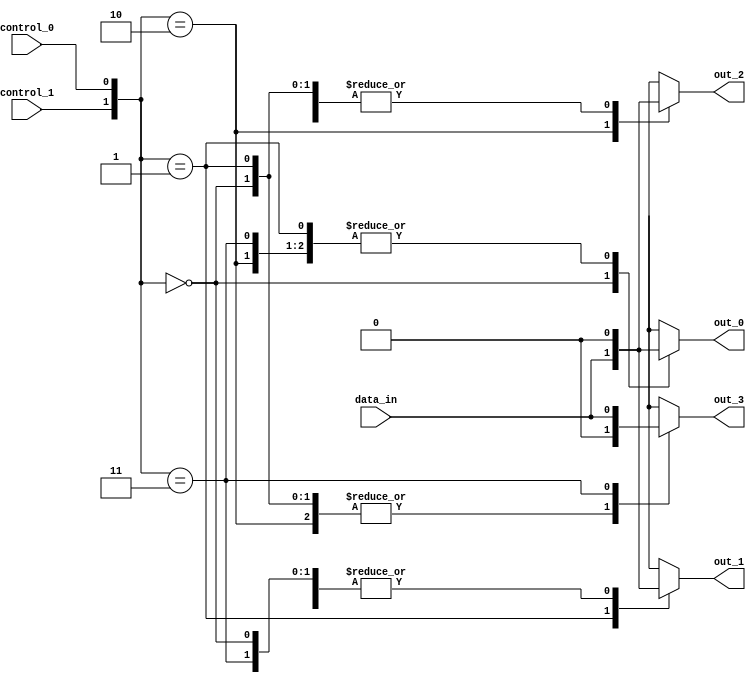
module demultiplexer(
    input wire data_in,
    input wire control_1,
    input wire control_0,
    output reg out_0,
    output reg out_1,
    output reg out_2,
    output reg out_3
);

always @(data_in, control_1, control_0)
begin
    case ({control_1, control_0})
        2'b00: begin
            out_0 <= data_in;
            out_1 <= 1'b0;
            out_2 <= 1'b0;
            out_3 <= 1'b0;
        end
        2'b01: begin
            out_0 <= 1'b0;
            out_1 <= data_in;
            out_2 <= 1'b0;
            out_3 <= 1'b0;
        end
        2'b10: begin
            out_0 <= 1'b0;
            out_1 <= 1'b0;
            out_2 <= data_in;
            out_3 <= 1'b0;
        end
        2'b11: begin
            out_0 <= 1'b0;
            out_1 <= 1'b0;
            out_2 <= 1'b0;
            out_3 <= data_in;
        end
        default: begin
            out_0 <= 1'b0;
            out_1 <= 1'b0;
            out_2 <= 1'b0;
            out_3 <= 1'b0;
        end
    endcase
end

endmodule